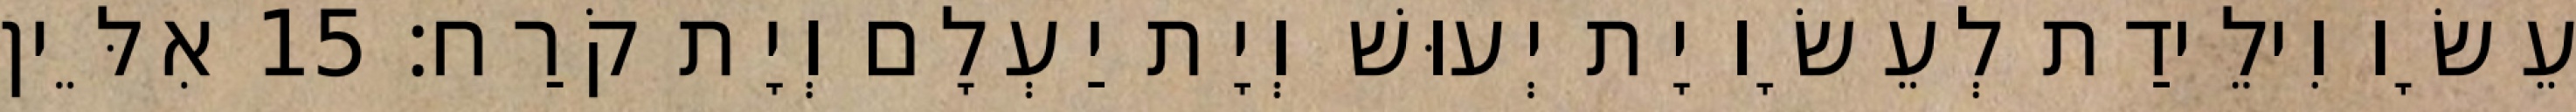
עֵשָׂו וִילֵידַת לְעֵשָׂו יָת יְעוּשׁ וְיָת יַעְלָם וְיָת קֹרַח׃ 15 אִלֵּין